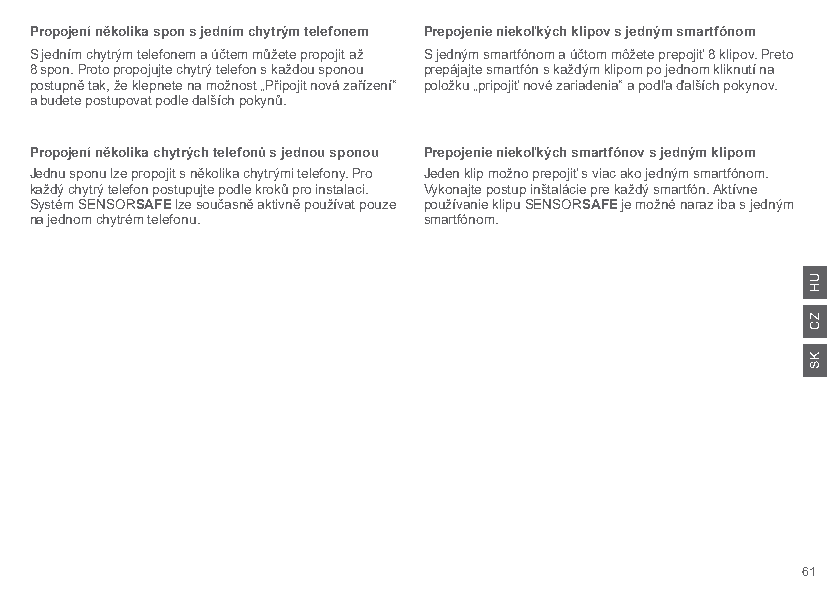
Propojení několika spon s jedním chytrým telefonem Prepojenie niekoľkých klipov s jedným smartfónom
 S jedním chytrým telefonem a účtem můžete propojit až S jedným smartfónom a účtom môžete prepojiť 8 klipov. Preto
 8 spon. Proto propojujte chytrý telefon s každou sponou prepájajte smartfón s každým klipom po jednom kliknutí na
 postupně tak, že klepnete na možnost „Připojit nová zařízení“ položku „pripojiť nové zariadenia“ a podľa ďalších pokynov.
 a budete postupovat podle dalších pokynů.
 Propojení několika chytrých telefonů s jednou sponou Prepojenie niekoľkých smartfónov s jedným klipom
 Jednu sponu lze propojit s několika chytrými telefony. Pro Jeden klip možno prepojiť s viac ako jedným smartfónom.
 každý chytrý telefon postupujte podle kroků pro instalaci. Vykonajte postup inštalácie pre každý smartfón. Aktívne
 Systém SENSORSAFE lze současně aktivně používat pouze používanie klipu SENSORSAFE je možné naraz iba s jedným
 na jednom chytrém telefonu. smartfónom.
 61
 UH
 ZC
 KS